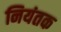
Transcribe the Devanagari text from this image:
नियंतक